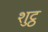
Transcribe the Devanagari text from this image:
शुट्ठ